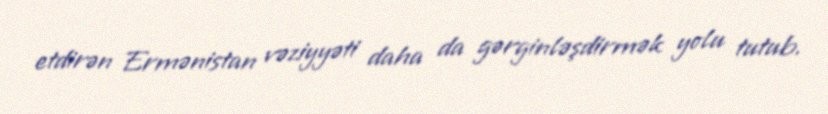
etdirən Ermənistan vəziyyəti daha da gərginləşdirmək yolu tutub.